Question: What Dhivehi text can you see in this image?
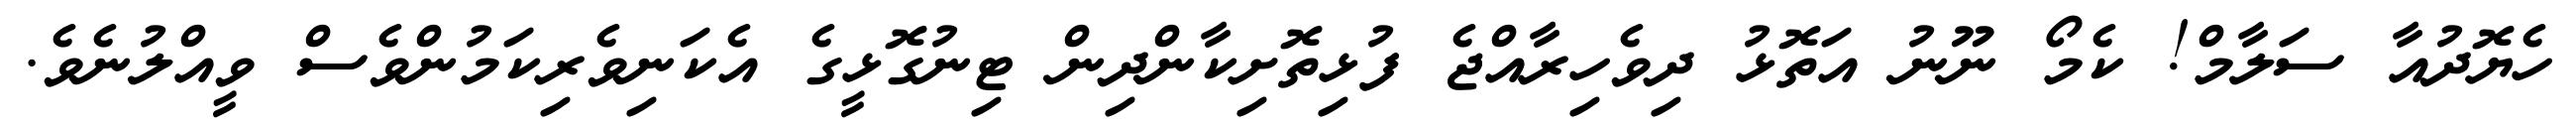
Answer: ހެޔޮދުއާ ސަލާމް! ކެމޯ ނޫނު އަތޮޅު ދިވެހިރާއްޖެ ފުޅިތޮށިކާންދިން ޓިނުގޮޅީގެ އެކަނިވެރިކަމުންވެސް ވީއްލުނެވެ.